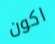
اكون